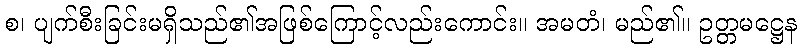
စ၊ ပျက်စီးခြင်းမရှိသည်၏အဖြစ်ကြောင့်လည်းကောင်း။ အမတံ၊ မည်၏။ ဥတ္တမဋ္ဌေန